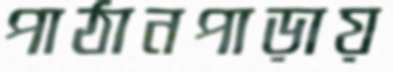
পাঠানপাড়ায়